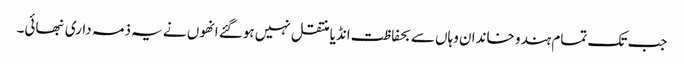
جب تک تمام ہندو خاندان وہاں سے بحفاظت انڈیا منتقل نہیں ہوگئے انھوں نے یہ ذمہ داری نبھائی۔